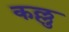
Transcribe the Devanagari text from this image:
कल्लु